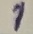
Text: 1